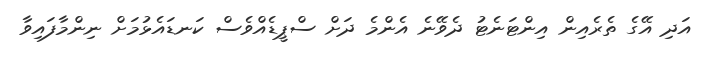
އަދި އޭގެ ތެރެއިން އިންޓަނެޓު ދެވޭނެ އެންމެ ދަށް ސްޕީޑެއްވެސް ކަނޑައެޅުމަށް ނިންމާފައިވާ